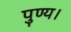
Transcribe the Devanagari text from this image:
पुण्य।